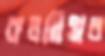
কলম্বিয়ার